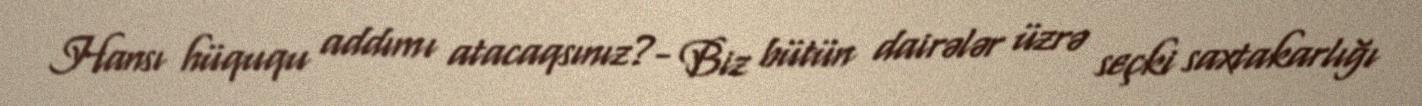
Hansı hüququ addımı atacaqsınız?- Biz bütün dairələr üzrə seçki saxtakarlığı